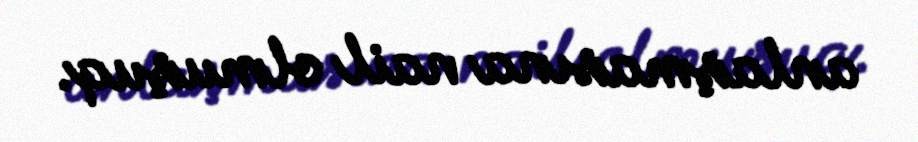
anlaşmasına nail olmuşuq.